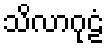
သိလာဂုဠံ